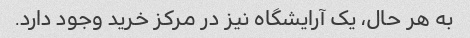
به هر حال، یک آرایشگاه نیز در مرکز خرید وجود دارد.